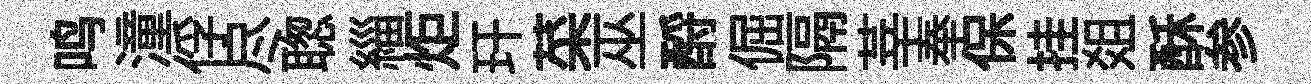
鸣潼俘尽聦緇炬玕菜巫酹倔隔莘奉保挂爼酥参